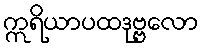
ဣရိယာပထဒုဗ္ဗလော